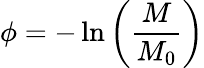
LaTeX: \phi=-\ln\left(\frac{M}{M_{0}}\right)